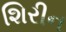
શિરીન